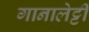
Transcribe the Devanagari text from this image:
गानालेट्टी